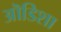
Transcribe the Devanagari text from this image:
ऒडिशा